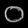
Digit: ၀